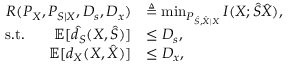
\begin{array} { r l } { R ( P _ { X } , P _ { S | X } , D _ { s } , D _ { x } ) } & { \triangleq \operatorname* { m i n } _ { P _ { \hat { S } , \hat { X } | X } } I ( X ; \hat { S } \hat { X } ) , } \\ { \mathrm { s . t . } \qquad \mathbb { E } [ \hat { d } _ { S } ( X , \hat { S } ) ] } & { \leq D _ { s } , } \\ { \mathbb { E } [ d _ { X } ( X , \hat { X } ) ] } & { \leq D _ { x } , } \end{array}